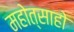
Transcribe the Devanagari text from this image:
महोत्साहो